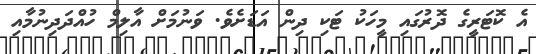
އެ ކޮޓަރީގެ ދޮރުގައި މީހަކު ޓަކި ދިން އަޑަށެވެ. ވަނުމަށް އާލިމް ހުއްދަދިނުމާއި